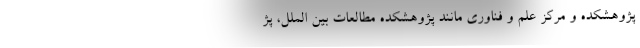
پژوهشکده و مرکز علم و فناوری مانند پژوهشکده مطالعات بین الملل، پژ